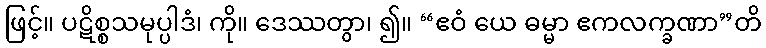
ဖြင့်။ ပဋိစ္စသမုပ္ပါဒံ၊ ကို။ ဒေဿတွာ၊ ၍။ “ဧဝံ ယေ ဓမ္မာ ဧကလက္ခဏာ”တိ